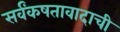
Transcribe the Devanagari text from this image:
सर्वंकषतावादाची